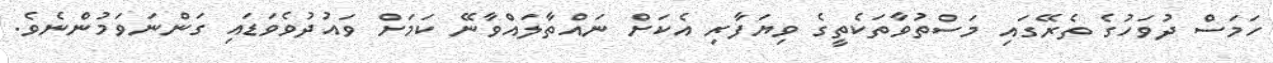
ހަމަސް ދުވަހުގެ ތެރޭގައި މަސްތުވާތަކެތީގެ ވިޔަފާރި އެކަށް ނައްތާލައްވާނޭ ކަމަށް ވައުދުވެވަޑައި ގަންނަވަމުންނެވެ.